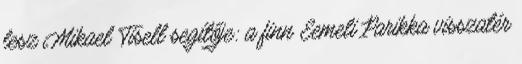
lesz Mikael Tisell segítője: a finn Eemeli Parikka visszatér